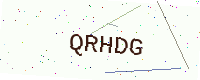
Text: QRHDG